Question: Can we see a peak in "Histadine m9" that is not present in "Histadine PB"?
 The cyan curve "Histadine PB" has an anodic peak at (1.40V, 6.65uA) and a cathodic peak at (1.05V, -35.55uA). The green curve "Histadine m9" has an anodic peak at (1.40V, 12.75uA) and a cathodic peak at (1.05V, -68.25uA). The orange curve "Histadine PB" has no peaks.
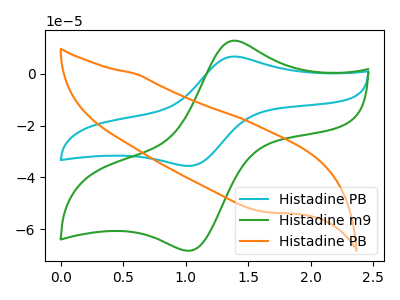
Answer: <think>All the peaks in "Histadine m9" have a peak in "Histadine PB" at the same potential. Every peak in "Histadine m9" is higher than every peak in "Histadine PB".
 </think>
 <answer>No, "Histadine m9" and "Histadine PB" don't appear to be significantly different in shape</answer>
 <eval>no_change</eval>